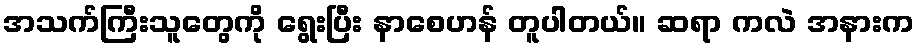
အသက်ကြီးသူတွေကို ရွေးပြီး နာစေဟန် တူပါတယ်။ ဆရာ ကလဲ အနားက